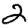
Digit: 2